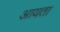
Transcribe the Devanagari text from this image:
आयता